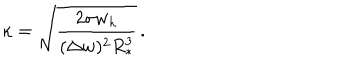
LaTeX: \kappa = \sqrt { \frac { 2 \sigma w _ { h } } { ( \Delta w ) ^ { 2 } R _ { * } ^ { 3 } } } \, .